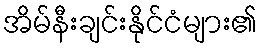
အိမ်နီးချင်းနိုင်ငံများ၏